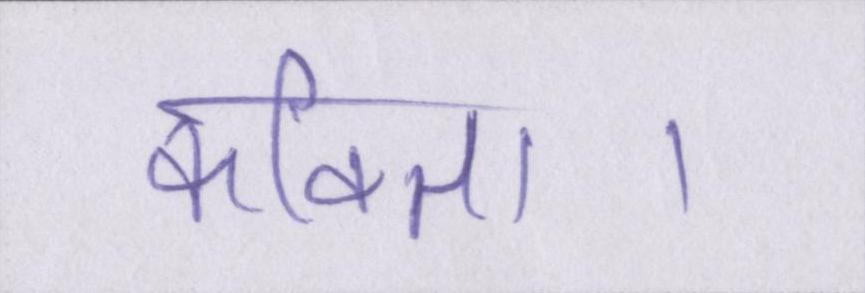
कविता।